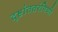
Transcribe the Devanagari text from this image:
दृष्टांततरंगिणी